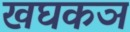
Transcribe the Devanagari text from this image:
खघकञ